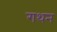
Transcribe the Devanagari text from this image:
गथन